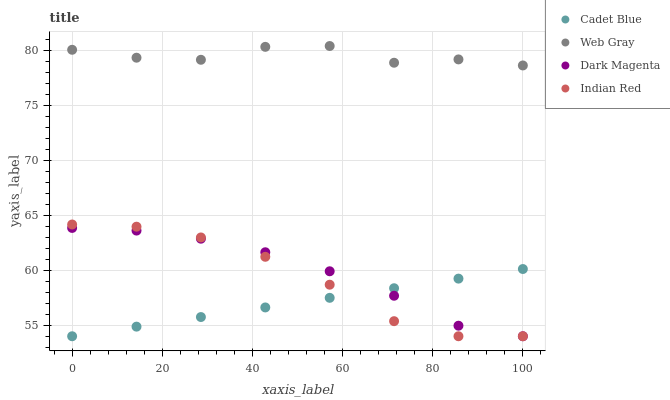
| xaxis_label | Cadet Blue | Web Gray | Dark Magenta | Indian Red |
 | --- | --- | --- | --- | --- |
 | 0 | 54 | 80 | 63.8 | 64.2 |
 | 14.3 | 54.9 | 79.3 | 63.6 | 64 |
 | 28.6 | 55.7 | 79.1 | 62.9 | 63 |
 | 42.9 | 56.6 | 80.3 | 61.6 | 61.2 |
 | 57.1 | 57.5 | 80.4 | 59.9 | 58.7 |
 | 71.4 | 58.4 | 78.8 | 57.7 | 55.4 |
 | 85.7 | 59.2 | 79.2 | 55 | 54 |
 | 100 | 60.1 | 78.6 | 54 | 54 |